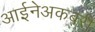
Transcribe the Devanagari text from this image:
आईनेअकबरी